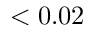
< 0 . 0 2